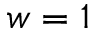
w = 1